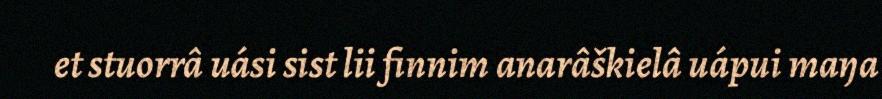
et stuorrâ uási sist lii finnim anarâškielâ uápui maŋa